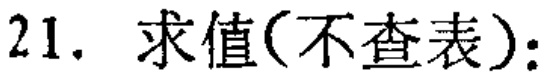
21. 求值(不查表)：